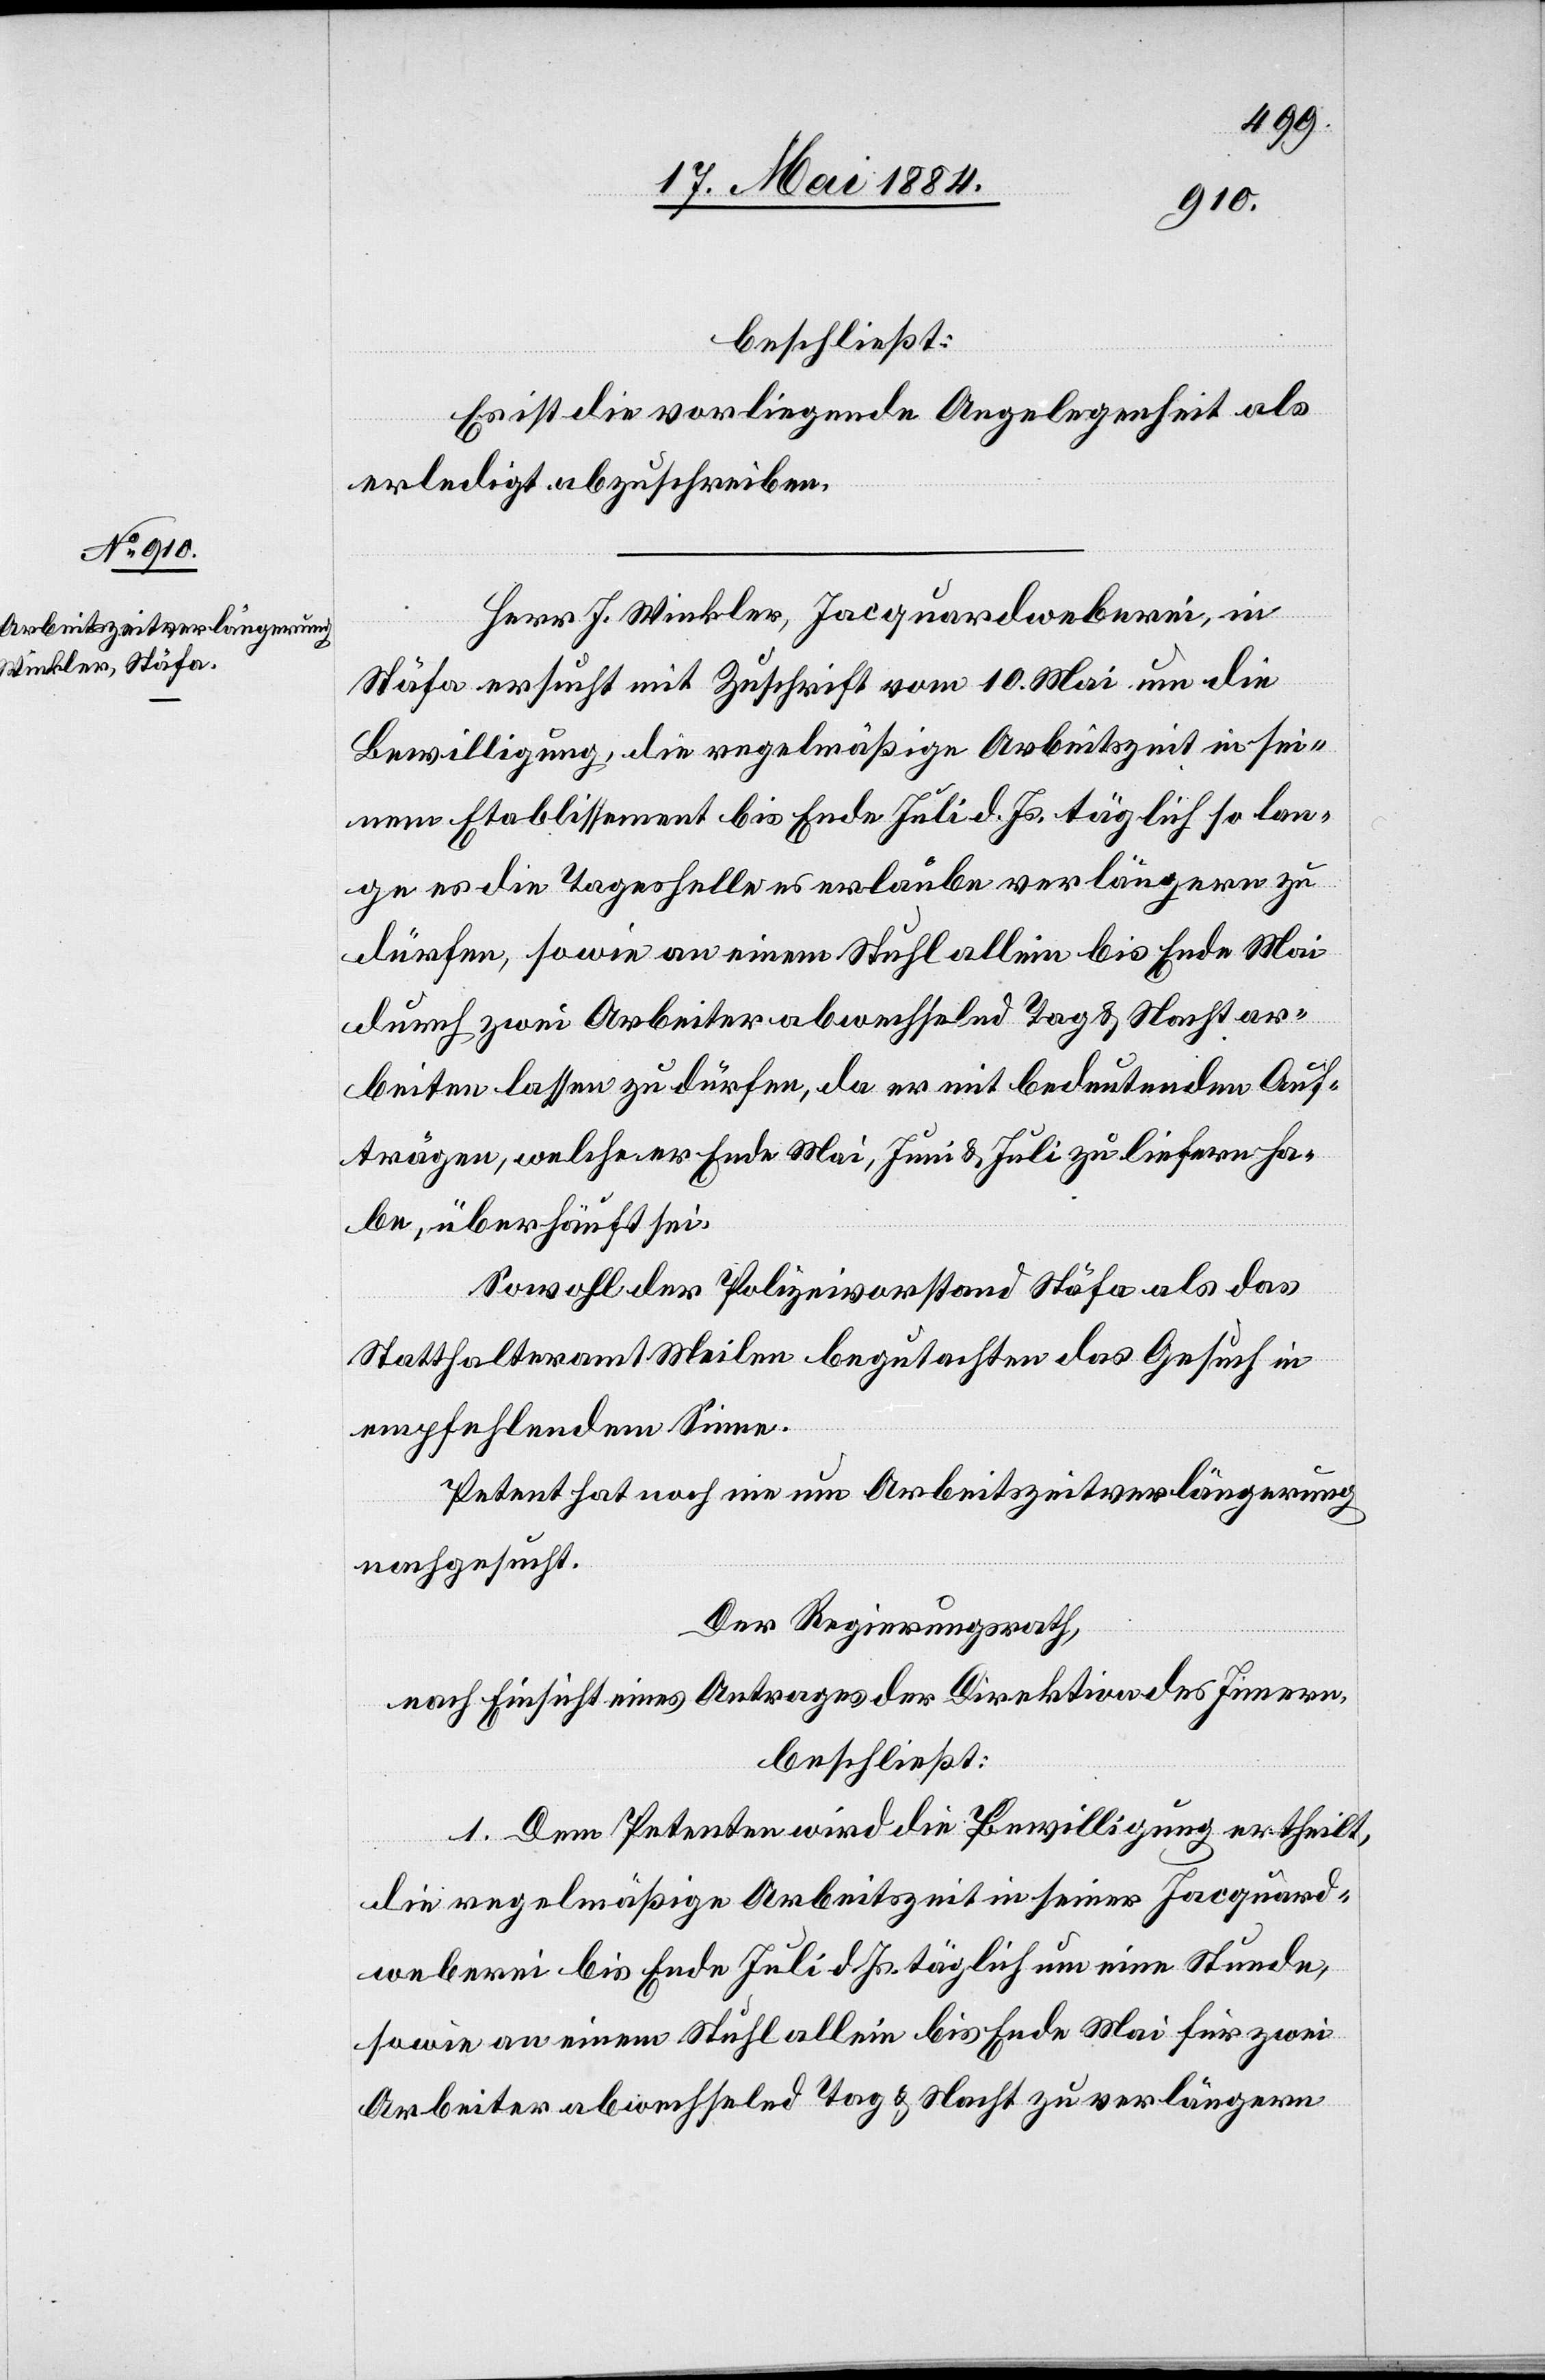
beschließt:
Es ist die vorliegende Angelegenheit als
erledigt abzuschreiben.
Herr J. Winkler, Jacquardweberei, in
Stäfa ersucht mit Zuschrift vom 10. Mai um die
Bewilligung, die regelmäßige Arbeitszeit in sei¬
nem Etablissement bis Ende Juli d. Js. täglich so lan¬
ge es die Tageshelle es [sic!] erlaube verlängern zu
dürfen, sowie an einem Stuhl allein bis Ende Mai
durch zwei Arbeiter abwechselnd Tag & Nacht ar¬
beiten lassen zu dürfen, da er mit bedeutenden Auf¬
trägen, welche er Ende Mai, Juni & Juli zu liefern ha¬
be, überhäuft sei.
Sowohl der Polizeivorstand Stäfa als das
Statthalteramt Meilen begutachten das Gesuch in
empfehlendem Sinne.
Petent hat noch nie um Arbeitszeitverlängerung
nachgesucht.
Der Regierungsrath,
nach Einsicht eines Antrages der Direktion des Innern,
beschließt:
1. Dem Petenten wird die Bewilligung ertheilt,
die regelmäßige Arbeitszeit in seiner Jacquard¬
weberei bis Ende Juli d. Js. täglich um eine Stunde,
sowie an einem Stuhl allein bis Ende Mai für zwei
Arbeiter abwechselnd Tag & Nacht zu verlängern